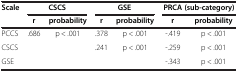
<table><thead><tr><td rowspan="2"><b>Scale</b></td><td colspan="2"><b>CSCS</b></td><td colspan="2"><b>GSE</b></td><td colspan="2"><b>PRCA (sub-category)</b></td></tr><tr><td><b>r</b></td><td><b>probability</b></td><td><b>r</b></td><td><b>probability</b></td><td><b>r</b></td><td><b>probability</b></td></tr></thead><tbody><tr><td>PCCS</td><td>.686</td><td>p &lt; .001</td><td>.378</td><td>p &lt; .001</td><td>-.419</td><td>p &lt; .001</td></tr><tr><td>CSCS</td><td> </td><td> </td><td>.241</td><td>p &lt; .001</td><td>-.259</td><td>p &lt; .001</td></tr><tr><td>GSE</td><td> </td><td> </td><td> </td><td> </td><td>-.343</td><td>p &lt; .001</td></tr></tbody></table>